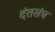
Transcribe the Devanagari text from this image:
दंतसंघ